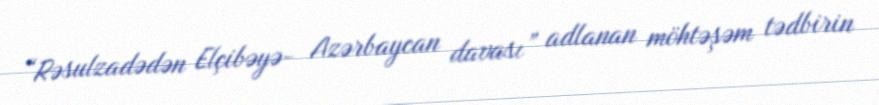
“Rəsulzadədən Elçibəyə- Azərbaycan davası” adlanan möhtəşəm tədbirin